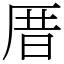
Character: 厝